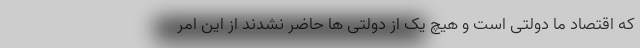
که اقتصاد ما دولتی است و هیچ یک از دولتی ها حاضر نشدند از این امر